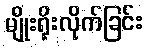
မျိုးရိုးလိုက်ခြင်း